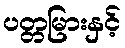
ပတ္တမြားနှင့်